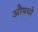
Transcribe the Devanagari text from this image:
औषधो